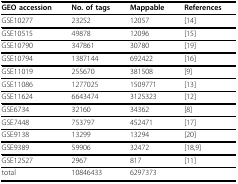
| GEO accession | No. of tags | Mappable | References |
 | --- | --- | --- | --- |
 | GSE10277 | 23252 | 12057 | [14] |
 | GSE10515 | 49878 | 12096 | [15] |
 | GSE10790 | 347861 | 30780 | [19] |
 | GSE10794 | 1387144 | 692422 | [16] |
 | GSE11019 | 255670 | 381508 | [9] |
 | GSE11086 | 1277025 | 1509771 | [13] |
 | GSE11624 | 6643474 | 3125323 | [12] |
 | GSE6734 | 32160 | 34362 | [8] |
 | GSE7448 | 753797 | 452471 | [17] |
 | GSE9138 | 13299 | 13294 | [20] |
 | GSE9389 | 59906 | 32472 | [18,9] |
 | GSE12527 | 2967 | 817 | [11] |
 | total | 10846433 | 6297373 |  |